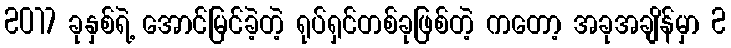
2017 ခုနှစ်ရဲ့ အောင်မြင်ခဲ့တဲ့ ရုပ်ရှင်တစ်ခုဖြစ်တဲ့ ကတော့ အခုအချိန်မှာ 2